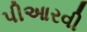
પીઆરવી